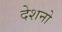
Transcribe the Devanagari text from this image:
देशनो